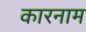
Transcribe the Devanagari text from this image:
कारनाम